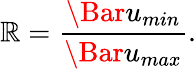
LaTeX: \mathbb{R}=\frac{{\Bar{u}_{min}}}{{\Bar{u}_{max}}}.